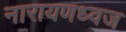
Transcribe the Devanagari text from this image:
नारायणध्वज